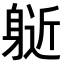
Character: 𨉘